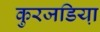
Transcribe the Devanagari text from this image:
कुरजडिया़